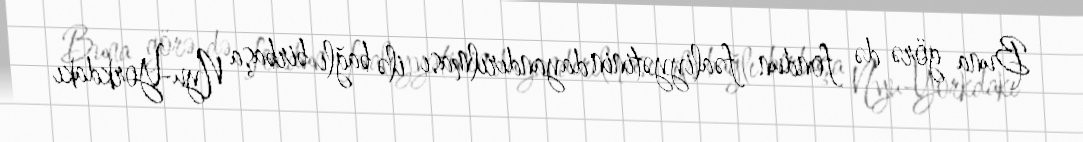
Buna görə də fondun fəaliyyətinin dayandırılması ilə bağlı birbaşa Nyu-Yorkdakı